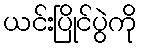
ယင်းပြိုင်ပွဲကို